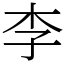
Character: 李